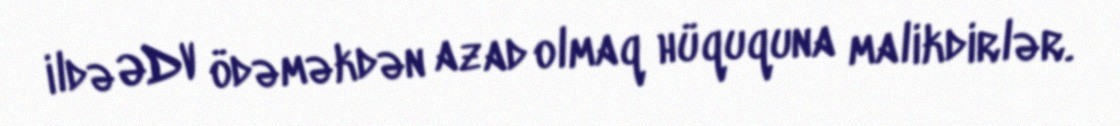
ildə ƏDV ödəməkdən azad olmaq hüququna malikdirlər.